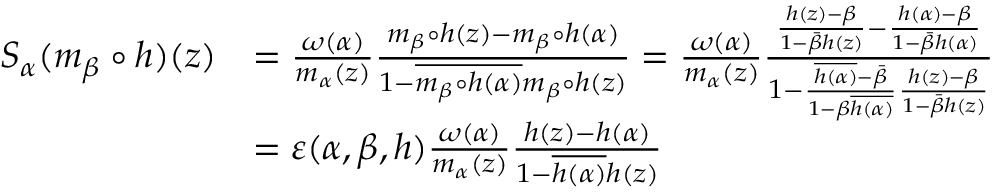
\begin{array} { r l } { S _ { \alpha } ( m _ { \beta } \circ h ) ( z ) } & { = \frac { \omega ( \alpha ) } { m _ { \alpha } ( z ) } \frac { m _ { \beta } \circ h ( z ) - m _ { \beta } \circ h ( \alpha ) } { 1 - \overline { { m _ { \beta } \circ h ( \alpha ) } } m _ { \beta } \circ h ( z ) } = \frac { \omega ( \alpha ) } { m _ { \alpha } ( z ) } \frac { \frac { h ( z ) - \beta } { 1 - \bar { \beta } h ( z ) } - \frac { h ( \alpha ) - \beta } { 1 - \bar { \beta } h ( \alpha ) } } { 1 - \frac { \overline { { h ( \alpha ) } } - \bar { \beta } } { 1 - \beta \overline { { h ( \alpha ) } } } \frac { h ( z ) - \beta } { 1 - \bar { \beta } h ( z ) } } } \\ & { = \varepsilon ( \alpha , \beta , h ) \frac { \omega ( \alpha ) } { m _ { \alpha } ( z ) } \frac { h ( z ) - h ( \alpha ) } { 1 - \overline { { h ( \alpha ) } } h ( z ) } } \end{array}